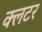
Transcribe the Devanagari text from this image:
क्लटर